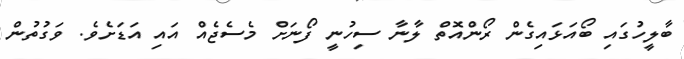
ބާލީހުގައި ބޯއަޅައިގެން ރޯންއޮތް ލާނާ ސިހުނީ ފޯނަށް މެސެޖެއް އައި އަޑަށެވެ. ވަގުތުން